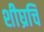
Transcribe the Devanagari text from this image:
शीघ्रचि